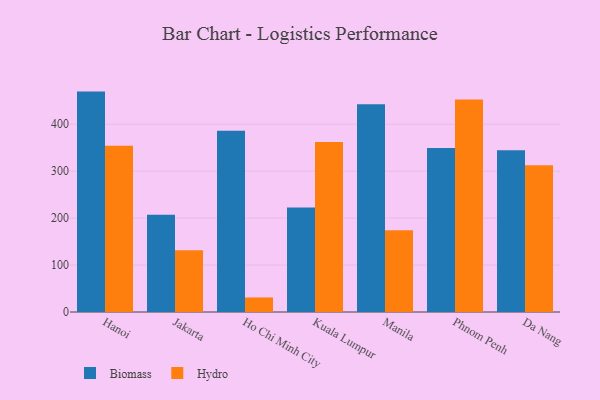
{"axis": {"x": "City", "y": "Churn Rate (%)"}, "legend": ["Biomass", "Hydro"], "data": [{"x": "Hanoi", "y": 469.5, "type": "Biomass"}, {"x": "Hanoi", "y": 354.0, "type": "Hydro"}, {"x": "Jakarta", "y": 207.1, "type": "Biomass"}, {"x": "Jakarta", "y": 131.7, "type": "Hydro"}, {"x": "Ho Chi Minh City", "y": 385.9, "type": "Biomass"}, {"x": "Ho Chi Minh City", "y": 31.0, "type": "Hydro"}, {"x": "Kuala Lumpur", "y": 222.8, "type": "Biomass"}, {"x": "Kuala Lumpur", "y": 362.2, "type": "Hydro"}, {"x": "Manila", "y": 442.3, "type": "Biomass"}, {"x": "Manila", "y": 174.0, "type": "Hydro"}, {"x": "Phnom Penh", "y": 349.2, "type": "Biomass"}, {"x": "Phnom Penh", "y": 452.9, "type": "Hydro"}, {"x": "Da Nang", "y": 344.6, "type": "Biomass"}, {"x": "Da Nang", "y": 312.4, "type": "Hydro"}]}